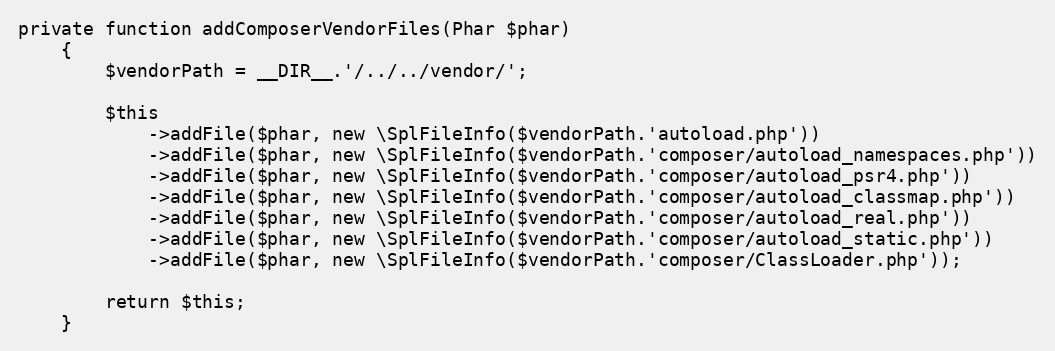
Language: PHP
private function addComposerVendorFiles(Phar $phar)
    {
        $vendorPath = __DIR__.'/../../vendor/';

        $this
            ->addFile($phar, new \SplFileInfo($vendorPath.'autoload.php'))
            ->addFile($phar, new \SplFileInfo($vendorPath.'composer/autoload_namespaces.php'))
            ->addFile($phar, new \SplFileInfo($vendorPath.'composer/autoload_psr4.php'))
            ->addFile($phar, new \SplFileInfo($vendorPath.'composer/autoload_classmap.php'))
            ->addFile($phar, new \SplFileInfo($vendorPath.'composer/autoload_real.php'))
            ->addFile($phar, new \SplFileInfo($vendorPath.'composer/autoload_static.php'))
            ->addFile($phar, new \SplFileInfo($vendorPath.'composer/ClassLoader.php'));

        return $this;
    }